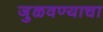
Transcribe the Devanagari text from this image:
जुळवण्याचा